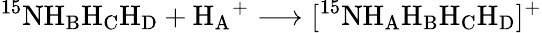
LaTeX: \mathrm{^{15}NH_{B}H_{C}H_{D}}+\mathrm{H_{A}}^{+}\longrightarrow[^{15}\mathrm{NH_{A}H_{B}H_{C}H_{D}}]^{+}